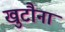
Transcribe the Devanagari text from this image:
खुटौना